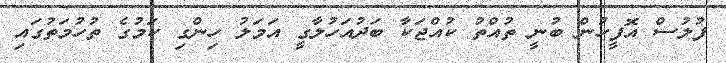
ފުލުސް އޮފީހުން ބުނީ ތުއްތު ކުއްޖަކާ ބަދުއަހުލާގީ އަމަލު ހިންގި ކަމުގެ ތުހުމަތުގައި